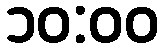
၁၀:၀၀